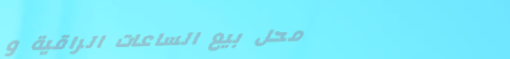
محل بيع الساعات الراقية و